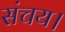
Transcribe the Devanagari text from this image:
संचय।